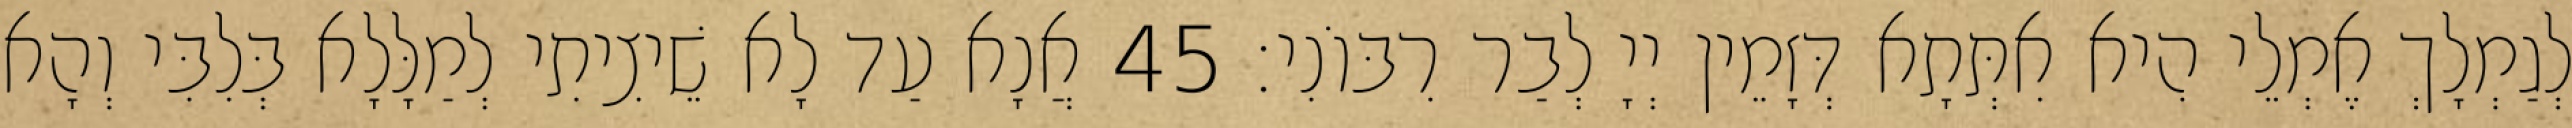
לְגַמְלָךְ אֶמְלֵי הִיא אִתְּתָא דְּזָמֵין יְיָ לְבַר רִבּוֹנִי׃ 45 אֲנָא עַד לָא שֵׁיצִיתִי לְמַלָּלָא בְּלִבִּי וְהָא